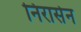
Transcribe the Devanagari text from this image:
निरासेन